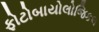
ફોટોબાયોલોજિકલ